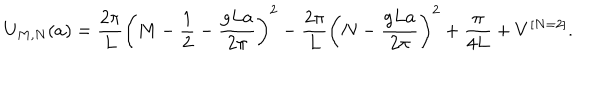
U _ { M , N } ( a ) = { \frac { 2 \pi } { L } } \left( M - { \frac { 1 } { 2 } } - { \frac { g L a } { 2 \pi } } \right) ^ { 2 } - { \frac { 2 \pi } { L } } \left( N - { \frac { g L a } { 2 \pi } } \right) ^ { 2 } + { \frac { \pi } { 4 L } } + V ^ { [ N = 2 ] } .